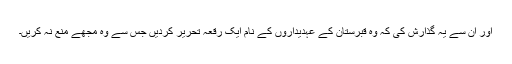
اور ان سے یہ گذارش کی کہ وہ قبرستان کے عہدیداروں کے نام ایک رقعہ تحریر کردیں جس سے وہ مجھے منع نہ کریں۔